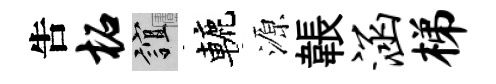
吿柘誼轆源韔涵梯